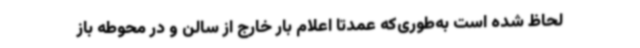
لحاظ شده است به‌طوری‌که عمدتاً اعلام بار خارج از سالن و در محوطه باز